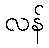
လန်